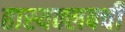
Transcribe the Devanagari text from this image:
हास्यक्लबची